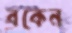
বকেন